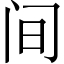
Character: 间